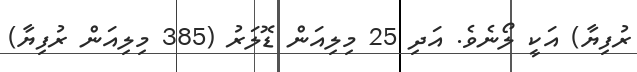
ރުފިޔާ) އަކީ ލޯނެވެ. އަދި 25 މިލިއަން ޑޮލަރު (385 މިލިއަން ރުފިޔާ)